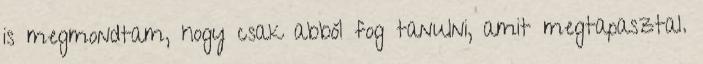
is megmondtam, hogy csak abból fog tanulni, amit megtapasztal.